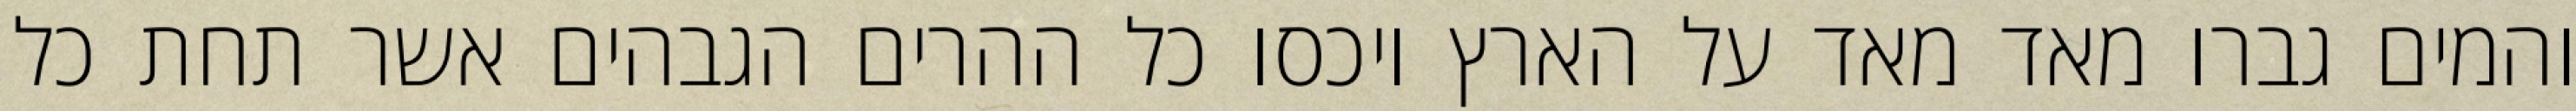
והמים גברו מאד מאד על הארץ ויכסו כל ההרים הגבהים אשר תחת כל